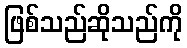
ဖြစ်သည်ဆိုသည်ကို